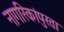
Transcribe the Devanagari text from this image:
नागरिकांपुरता